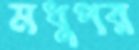
মধুপর